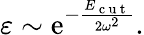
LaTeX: \varepsilon\sim\mathrm{e}^{-\frac{{E_{\mathrm{{~c~u~t~}}}}}{{2\omega^{2}}}}.